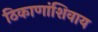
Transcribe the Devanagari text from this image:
ठिकाणांशिवाय